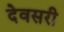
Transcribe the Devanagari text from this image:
देवसरी